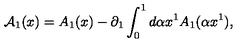
{ \cal A } _ { 1 } ( x ) = A _ { 1 } ( x ) - \partial _ { 1 } \int _ { 0 } ^ { 1 } { d \alpha } x ^ { 1 } A _ { 1 } ( \alpha x ^ { 1 } ) ,